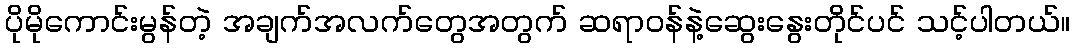
ပိုမိုကောင်းမွန်တဲ့ အချက်အလက်တွေအတွက် ဆရာဝန်နဲ့ဆွေးနွေးတိုင်ပင် သင့်ပါတယ်။